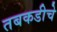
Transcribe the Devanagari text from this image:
तबकडीचे